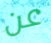
عن